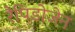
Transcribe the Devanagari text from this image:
रैपिडोजेन